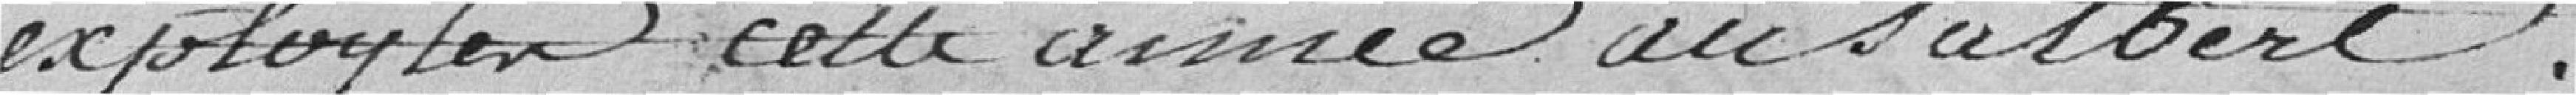
exploiter cette année au Salbert.